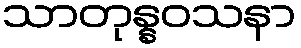
သာတုန္နဝသနာ